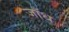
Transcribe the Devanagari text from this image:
जाँध